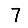
Digit: 7